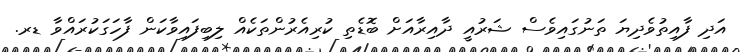
އަދި ފާއިތުވެދިޔަ ތަނުގައިވެސް ޝަރުއީ ދާއިރާއަށް ބޮޑެތި ކުރިއެރުންތަކެއް ލިބިފައިވާކަން ފާހަގަކުރައްވާ ޑރ.